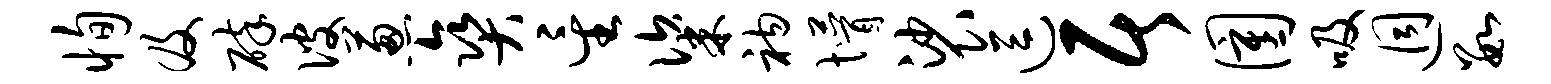
恂及碎彼葱爽星粢衲懵裟逗居圉吸迥数